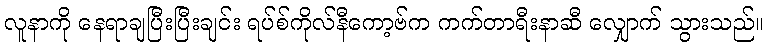
လူနာကို နေရာချပြီးပြီးချင်း ရပ်စ်ကိုလ်နီကော့ဗ်က ကက်တာရီးနာဆီ လျှောက် သွားသည်။